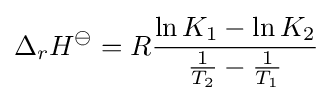
\Delta _{r}H^{\ominus }=R{\frac {\ln K_{1}-\ln K_{2}}{{\frac {1}{T_{2}}}-{\frac {1}{T_{1}}}}}